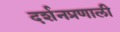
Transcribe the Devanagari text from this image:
दर्शनप्रणाली